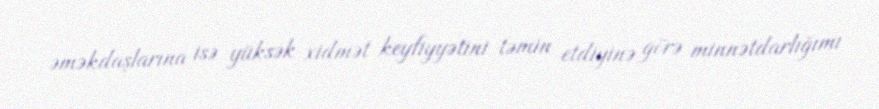
əməkdaşlarına isə yüksək xidmət keyfiyyətini təmin etdiyinə görə minnətdarlığımı